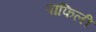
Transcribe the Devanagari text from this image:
पांफिली